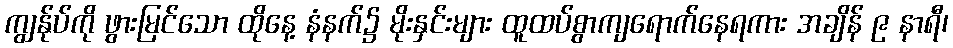
ကျွန်ုပ်ကို ဖွားမြင်သော ထိုနေ့ နံနက်၌ မိုးနှင်းများ ထူထပ်စွာကျရောက်နေရကား အချိန် ၉ နာရီ၊